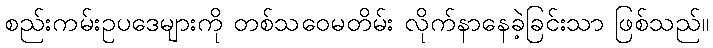
စည်းကမ်းဥပဒေများကို တစ်သဝေမတိမ်း လိုက်နာနေခဲ့ခြင်းသာ ဖြစ်သည်။